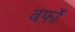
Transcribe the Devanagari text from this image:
बर्फ़ों